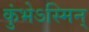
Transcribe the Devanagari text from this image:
कुंभेऽस्मिन्